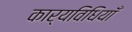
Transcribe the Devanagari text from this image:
कार्यविधियाँ